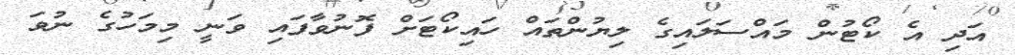
އަދި އެ ކޯޓުން މައްސަލައިގެ ލިޔުންތައް ހައިކޯޓަށް ފޮނުވާފައި ވަނީ މިމަހުގެ ނުވަ